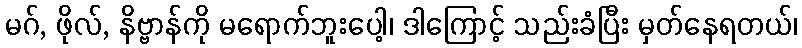
မဂ်, ဖိုလ်, နိဗ္ဗာန်ကို မရောက်ဘူးပေါ့၊ ဒါကြောင့် သည်းခံပြီး မှတ်နေရတယ်၊